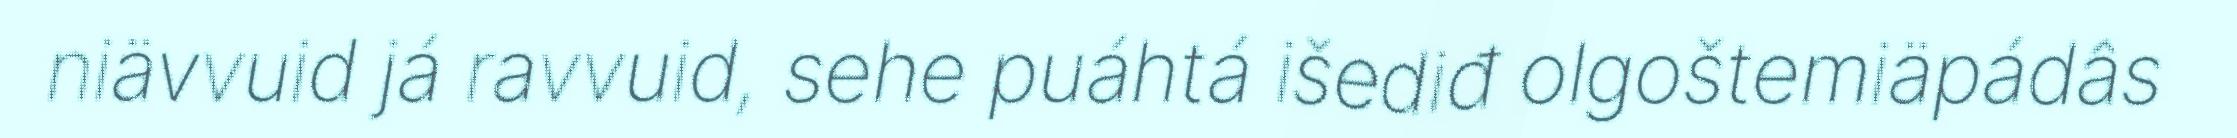
niävvuid já ravvuid, sehe puáhtá išediđ olgoštemiäpádâs